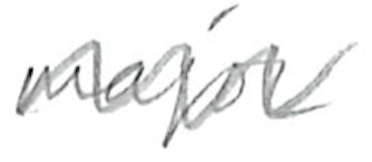
Text: major
Cross-out: zig-zag
Writing tool: pencil